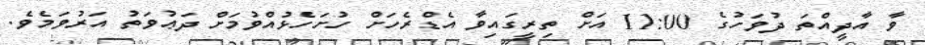
ވާ އާދީއްތަ ދުވަހުގެ 11:00 އަށް ތިރީގައިވާ އެޑްރެހަށް ހުށަހެޅުއްވުމަށް ދަޢުވަތު އަރުވަމެވެ.